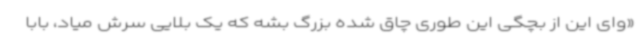
«وای این از بچگی این طوری چاق شده بزرگ بشه که یک بلایی سرش میاد، بابا